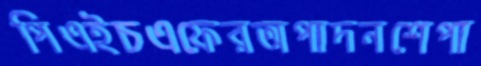
পিএইচএফেরঅপাদনশেপা